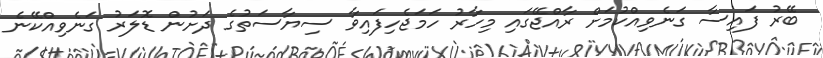
ބޭރު ފައިސާ ގަނެވިއްކުމަށް ރާއްޖޭގައި މިހާރު ހަމަޖެހިފައިވާ ސިޔާސަތުގެ ދަށުން ޑޮލަރު ގަނެވިއްކޭނެ